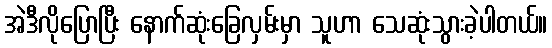
အဲဒီလိုပြောပြီး နောက်ဆုံးခြေလှမ်းမှာ သူဟာ သေဆုံးသွားခဲ့ပါတယ်။